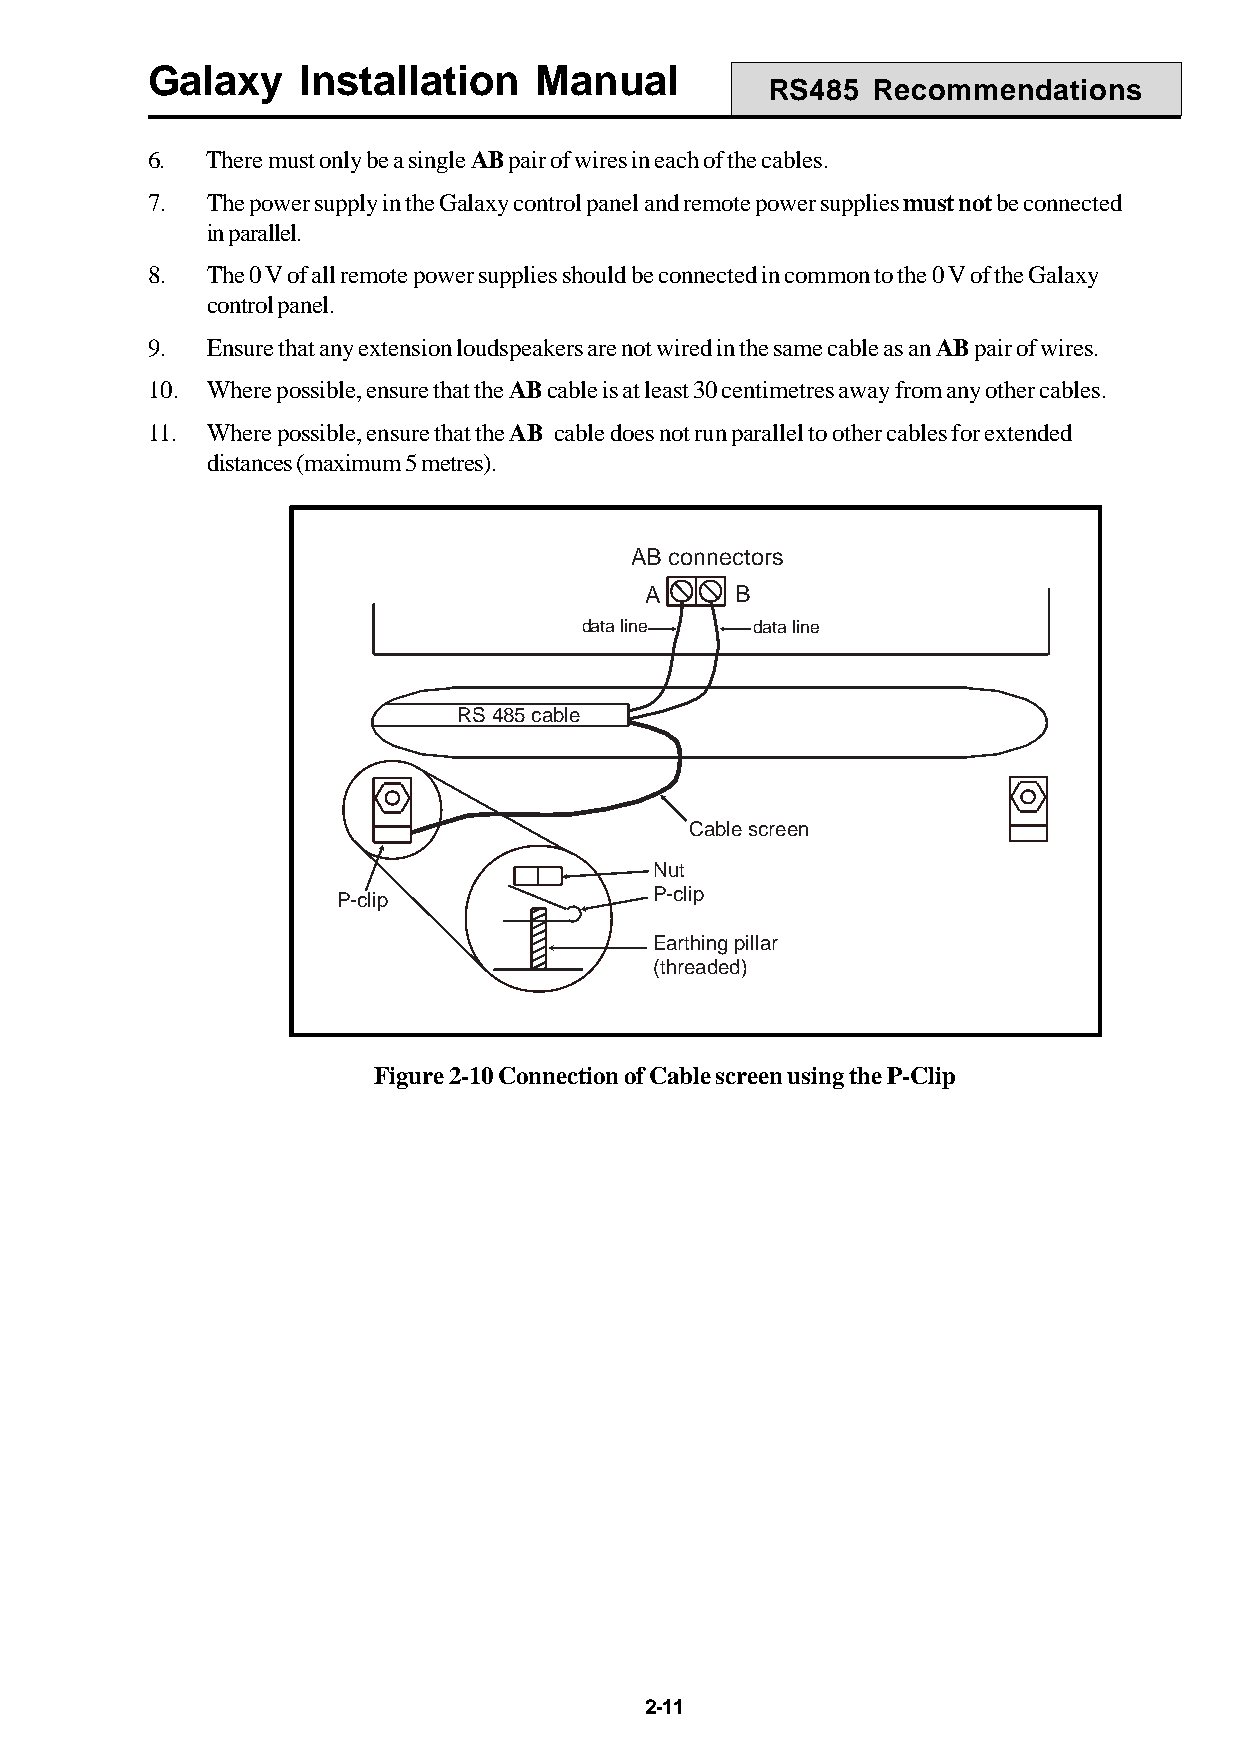
Galaxy    Installation   Manual
 RS485  Recommendations
 6.  There must only be a single AB pair of wires in each of the cables.
 7.  The power supply in the Galaxy control panel and remote power supplies must not be connected
 in parallel.
 8.  The 0 V of all remote power supplies should be connected in common to the 0 V of the Galaxy
 control panel.
 9.  Ensure that any extension loudspeakers are not wired in the same cable as an AB pair of wires.
 10. Where possible, ensure that the AB cable is at least 30 centimetres away from any other cables.
 11. Where possible, ensure that the AB cable does not run parallel to other cables for extended
 distances (maximum 5 metres).
 AB connectors
 A     B
 data line   data line
 RS 485 cable
 Cable screen
 Nut
 P-clip
 P-clip
 Earthing pillar
 (threaded)
 Figure 2-10 Connection of Cable screen using the P-Clip
 2-11